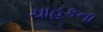
ચાહકના